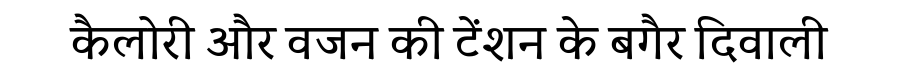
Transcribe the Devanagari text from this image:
कैलोरी और वजन की टेंशन के बगैर दिवाली